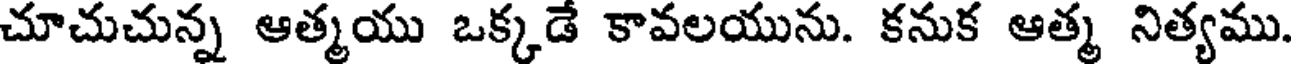
చూచుచున్న ఆత్మయు ఒక్కడే కావలయును. కనుక ఆత్మ నిత్యము.